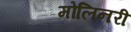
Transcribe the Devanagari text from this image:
मोलिनरी